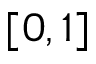
[ 0 , 1 ]